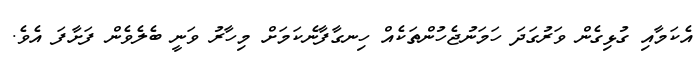
އެކަމާއި ގުޅިގެން ވަރުގަދަ ހަމަނުޖެހުންތަކެއް ހިނގާފާނެކަމަށް މިހާރު ވަނީ ބެލެވެން ފަށާފަ އެވެ.